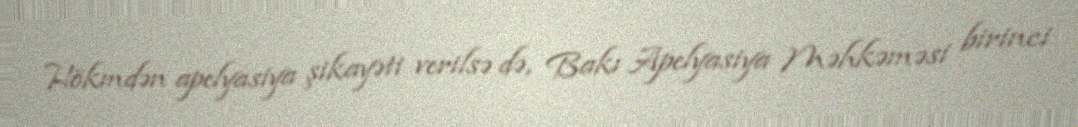
Hökmdən apelyasiya şikayəti verilsə də, Bakı Apelyasiya Məhkəməsi birinci